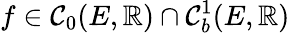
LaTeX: f\in\mathcal{C}_{0}(E,\mathbb{R})\cap\mathcal{C}_{b}^{1}(E,\mathbb{R})